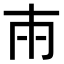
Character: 𭁢